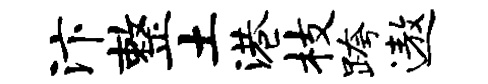
汴整土港枝跨遨